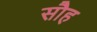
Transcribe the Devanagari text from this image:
सौह